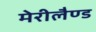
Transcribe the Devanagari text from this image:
मेरीलैण्ड